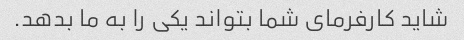
شاید کارفرمای شما بتواند یکی را به ما بدهد.